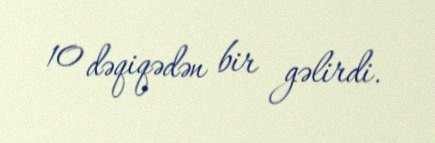
10 dəqiqədən bir gəlirdi.